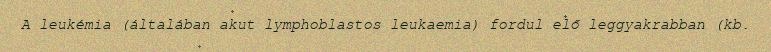
A leukémia (általában akut lymphoblastos leukaemia) fordul elő leggyakrabban (kb.